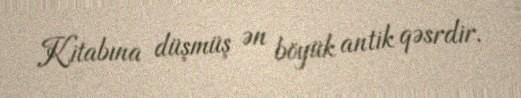
Kitabına düşmüş ən böyük antik qəsrdir.